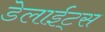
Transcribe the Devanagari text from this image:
डेलाईट्स